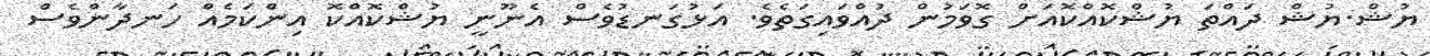
ޔުޝް.ޔުޝް ދައްތަ ޔުޝްކޮއްކޮއަށް ގޮވަމުން ދުއްވައިގަތެވެ. އަޅުގަނޑުވެސް އެނޫނީ ޔުޝްކޮއްކޮ އިންކަމެއް ހަނދާންވެސް